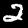
Digit: 2